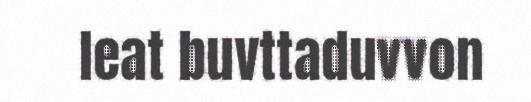
leat buvttaduvvon